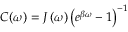
C ( \omega ) = { { J } _ { { } } } \left( \omega \right) { { \left( { { e } ^ { \beta \omega } } - 1 \right) } ^ { - 1 } }